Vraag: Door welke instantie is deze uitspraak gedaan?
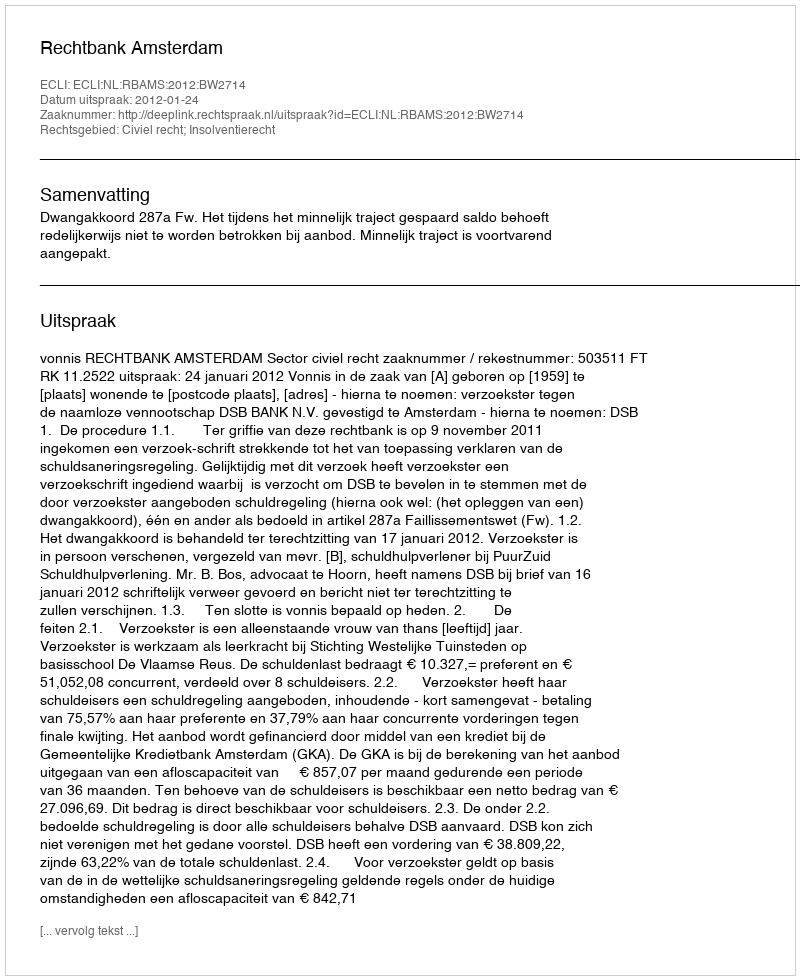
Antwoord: Rechtbank Amsterdam